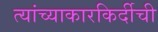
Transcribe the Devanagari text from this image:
त्यांच्याकारकिर्दीची